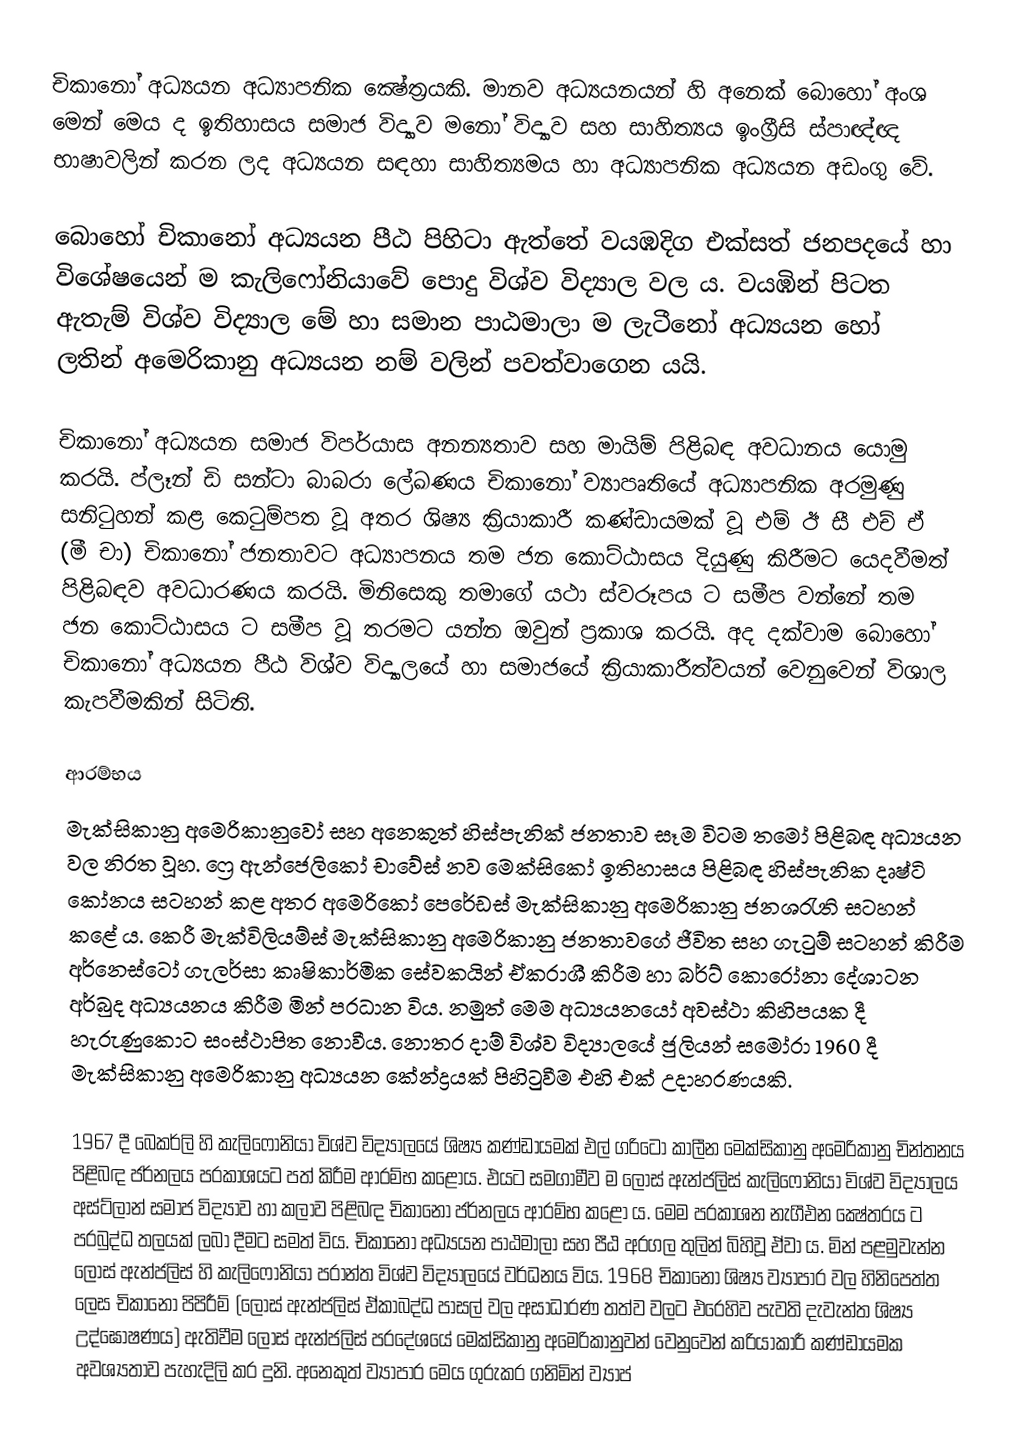
චිකානෝ අධ්‍යයන අධ්‍යාපනික ක්‍ෂේත‍්‍රයකි. මානව අධ්‍යයනයන් හි අනෙක් බොහෝ අංශ මෙන් මෙය ද ඉතිහාසය සමාජ විද්‍යාව මනෝ විද්‍යාව සහ සාහිත්‍යය ඉංග‍්‍රීසි ස්පාඥ්ඥ භාෂාවලින් කරන ලද අධ්‍යයන සඳහා සාහිත්‍යමය හා අධ්‍යාපනික අධ්‍යයන අඩංගු වේ.

බොහෝ චිකානෝ අධ්‍යයන පීඨ පිහිටා ඇත්තේ වයඹදිග එක්සත් ජනපදයේ හා විශේෂයෙන් ම කැලිෆෝනියාවේ පොදු විශ්ව විද්‍යාල වල ය. වයඹින් පිටත ඇතැම් විශ්ව විද්‍යාල මේ හා සමාන පාඨමාලා ම ලැටීනෝ අධ්‍යයන හෝ ලතින් අමෙරිකානු අධ්‍යයන නම් වලින් පවත්වාගෙන යයි.

චිකානෝ අධ්‍යයන සමාජ විපර්යාස අනන්‍යතාව සහ මායිම් පිළිබඳ අවධානය යොමු කරයි. ප්ලෑන් ඩි සන්ටා බාබරා ලේඛණය චිකානෝ ව්‍යාපෘතියේ අධ්‍යාපනික අරමුණු සනිටුහන් කළ කෙටුම්පත වූ අතර ශිෂ්‍ය ක‍්‍රියාකාරී කණ්ඩායමක් වූ එම් ඊ සී එච් ඒ (මී චා) චිකානෝ ජනතාවට අධ්‍යාපනය  තම ජන කොට්ඨාසය දියුණු කිරීමට යෙදවීමත් පිළිබඳව අවධාරණය කරයි. මිනිසෙකු තමාගේ යථා ස්වරූපය ට සමීප වන්නේ තම ජන කොට්ඨාසය ට සමීප වූ තරමට යන්න ඔවුන් ප‍්‍රකාශ කරයි. අද දක්වාම බොහෝ චිකානෝ අධ්‍යයන පීඨ විශ්ව විද්‍යාලයේ හා සමාජයේ ක‍්‍රියාකාරීත්වයන් වෙනුවෙන් විශාල කැපවීමකින් සිටිති.

ආරම්භය
මැක්සිකානු අමෙරිකානුවෝ සහ අනෙකුත් හිස්පැනික් ජනතාව සෑම විටම තමෝ පිළිබඳ අධ්‍යයන වල නිරත වූහ. ෆ්‍රෙ ඇන්ජෙලිකෝ චාවේස් නව මෙක්සිකෝ ඉතිහාසය පිළිබඳ හිස්පැනික දෘෂ්ටි කෝනය සටහන් කළ අතර අමෙරිකෝ පෙරේඩස් මැක්සිකානු අමෙරිකානු ජනශ‍්‍රැති සටහන් කළේ ය. කෙරී මැක්විලියම්ස් මැක්සිකානු අමෙරිකානු ජනතාවගේ ජීවිත සහ ගැටුම් සටහන් කිරීම අර්නෙස්ටෝ ගැලර්සා කෘෂිකාර්මික සේවකයින් ඒකරාශී කිරීම හා බර්ට් කොරෝනා දේශාටන අර්බුද අධ්‍යයනය කිරීම මින් ප‍්‍රධාන විය. නමුත් මෙම අධ්‍යයනයෝ අවස්ථා කිහිපයක දී හැරුණුකොට සංස්ථාපිත නොවීය. නොත‍්‍ර දාම් විශ්ව විද්‍යාලයේ ජුලියන් සමෝරා 1960 දී මැක්සිකානු අමෙරිකානු අධ්‍යයන කේන්ද්‍රයක් පිහිටුවීම එහි එක් උදාහරණයකි.

1967 දී බෙකර්ලි හි කැලිෆෝනියා විශ්ව විද්‍යාලයේ ශිෂ්‍ය කණ්ඩායමක් එල් ග‍්‍රිටෝ කාලීන මෙක්සිකානු අමෙරිකානු චින්තනය පිළිබඳ ජර්නලය ප‍්‍රකාශයට පත් කිරීම ආරම්භ කළෝය. එයට සමගාමීව ම ලොස් ඇන්ජලිස් කැලිෆෝනියා විශ්ව විද්‍යාලය අස්ට්ලාන් සමාජ විද්‍යාව හා කලාව පිළිබඳ චිකානෝ ජර්නලය ආරම්භ කළෝ ය. මෙම ප‍්‍රකාශන නැගීඑන ක්‍ෂේත‍්‍රය ට ප‍්‍රබුද්ධ තලයක් ලබා දීමට සමත් විය. චිකානෝ අධ්‍යයන පාඨමාලා සහ පීඨ අරගල තුලින් බිහිවූ ඒවා ය. මින් පළමුවැන්න ලොස් ඇන්ජලිස් හි කැලිෆෝනියා ප‍්‍රාන්ත විශ්ව විද්‍යාලයේ වර්ධනය විය. 1968 චිකානෝ ශිෂ්‍ය ව්‍යාපාර වල හිනිපෙත්ත ලෙස චිකානෝ පිපිරීම් (ලොස් ඇන්ජලිස් ඒකාබද්ධ පාසල් වල අසාධාරණ තත්ව වලට එරෙහිව පැවති දැවැන්ත ශිෂ්‍ය උද්ඝෝෂණය) ඇතිවීම ලොස් ඇන්ජලිස් ප‍්‍රදේශයේ මෙක්සිකානු අමෙරිකානුවන් වෙනුවෙන් ක‍්‍රියාකාරී කණ්ඩායමක අවශ්‍යතාව පැහැදිලි කර දුනි. අනෙකුත් ව්‍යාපාර මෙය ගුරුකර ගනිමින් ව්‍යාප්